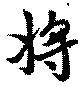
將